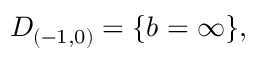
{ \cal D } _ { ( - 1 , 0 ) } = \{ b = \infty \} ,